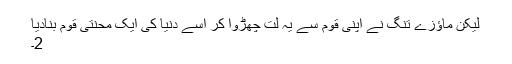
لیکن ماؤزے تنگ نے اپنی قوم سے یہ لت چھڑوا کر اسے دنیا کی ایک محنتی قوم بنادیا
2۔